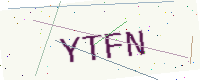
Text: YTFN